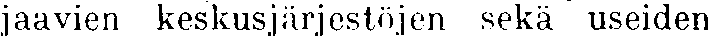
jaavien keskusjärjestöjen sekä useiden